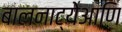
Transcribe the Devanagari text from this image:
बालनाट्येआणि